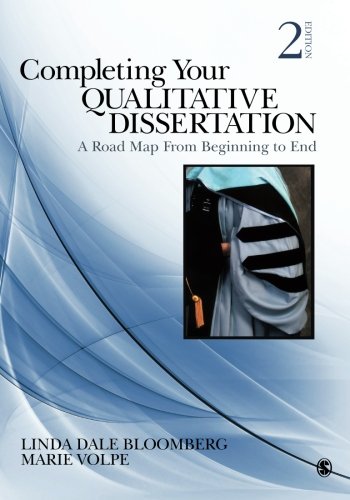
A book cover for Completing Your Qualitative Dissertation: A Road Map From Beginning to End; Linda D. (Dale) Bloomberg; Politics & Social Sciences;